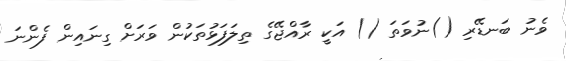
ވެނު ބަނޑޭރި ()ނުވަތަ () އަކީ ރާއްޖޭގެ ތިލަފަޅުތަކުން ވަރަށް ގިނައިން ފެންނަ